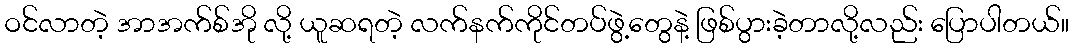
ဝင်လာတဲ့ အာအက်စ်အို လို့ ယူဆရတဲ့ လက်နက်ကိုင်တပ်ဖွဲ့တွေနဲ့ ဖြစ်ပွားခဲ့တာလို့လည်း ပြောပါတယ်။